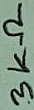
Text: 3KΩ